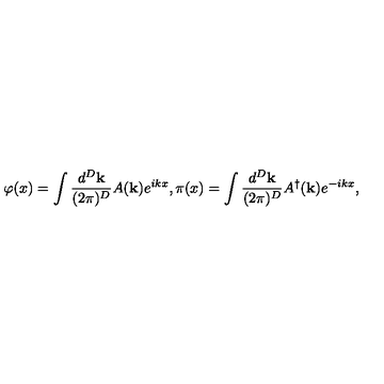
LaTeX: \varphi ( x ) = \int \frac { d ^ { D } \mathbf { k } } { ( 2 \pi ) ^ { D } } A ( \mathbf { k } ) e ^ { i k x } , \pi ( x ) = \int \frac { d ^ { D } \mathbf { k } } { ( 2 \pi ) ^ { D } } A ^ { \dagger } ( \mathbf { k } ) e ^ { - i k x } ,